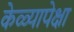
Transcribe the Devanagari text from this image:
केळ्यापेक्षा